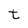
Character: t